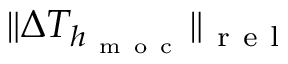
\| \Delta T _ { h _ { \mathrm { ~ m ~ o ~ c ~ } } } \| _ { \mathrm { ~ r ~ e ~ l ~ } }